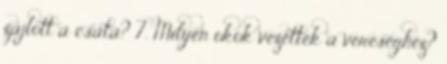
zajlott a csata? 7. Milyen okok vezettek a vereséghez?